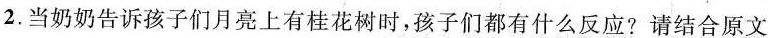
2.当奶奶告诉孩子们月亮上有桂花树时，孩子们都有什么反应？请结合原文